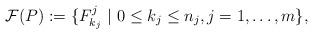
LaTeX: \begin{align*}\mathcal{F}(P):=\{F_{k_j}^j ~|~0\leq k_j \leq n_j, j=1, \dots, m\},\end{align*}